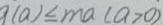
( a ) \leq m a ( a > 0 )